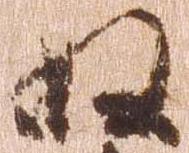
ぬ